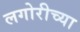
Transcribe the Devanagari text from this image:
लगोरीच्या